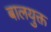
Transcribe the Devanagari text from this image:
बालयुक्त